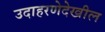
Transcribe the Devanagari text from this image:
उदाहरणेदेखील